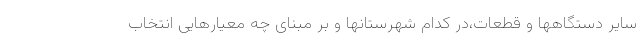
سایر دستگاهها و قطعات،در کدام شهرستانها و بر مبنای چه معیارهایی انتخاب